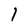
Character: 1